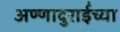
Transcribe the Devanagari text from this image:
अण्णादुराईंच्या